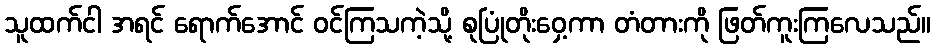
သူထက်ငါ အရင် ရောက်အောင် ဝင်ကြသကဲ့သို့ စုပြုံတိုးဝှေ့ကာ တံတားကို ဖြတ်ကူးကြလေသည်။